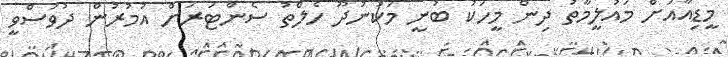
މީޑިއާއަށް މައުލީމާތު ދިން މީހަކު ބުނީ މަކުނުދޫ ހެލްތު ސެންޓަރަށް އުމުރުން ދުވަސްވީ